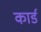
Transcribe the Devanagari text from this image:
कार्ड